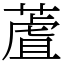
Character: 蔖